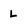
Character: L